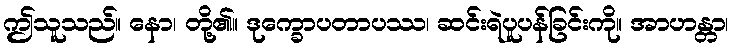
ဤသူသည်။ နော၊ တို့၏။ ဒုက္ခောပတာပဿ၊ ဆင်းရဲပူပန်ခြင်းကို။ အာဟန္တာ၊